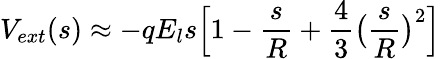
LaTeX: V_{ext}(s)\approx-qE_{l}s\Big[1-\frac{s}{R}+\frac{4}{3}\big(\frac{s}{R}\big)^{2}\Big]